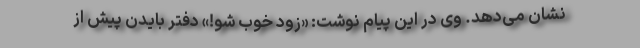
نشان می‌دهد. وی در این پیام نوشت: «زود خوب شو!» دفتر بایدن پیش از